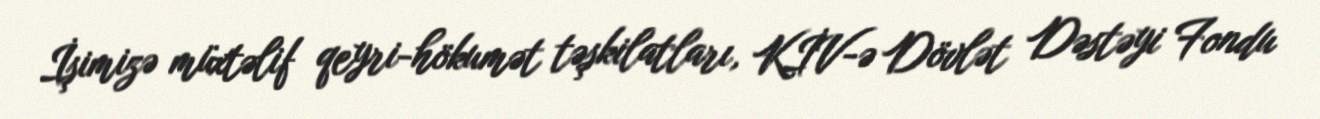
İşimizə müxtəlif qeyri-hökumət təşkilatları, KİV-ə Dövlət Dəstəyi Fondu